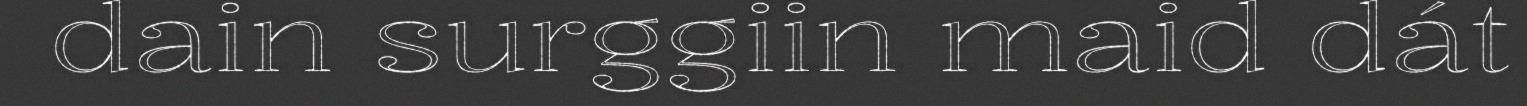
dain surggiin maid dát